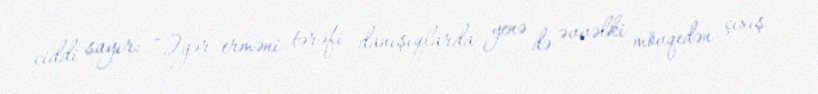
ciddi sayır: “Əgər erməni tərəfi danışıqlarda yenə də əvvəlki mövqedən çıxış